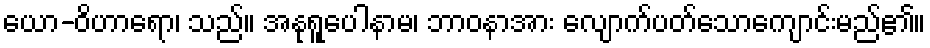
ယော-ဝိဟာရော၊ သည်။ အနုရူပေါနာမ၊ ဘာဝနာအား လျောက်ပတ်သောကျောင်းမည်၏။